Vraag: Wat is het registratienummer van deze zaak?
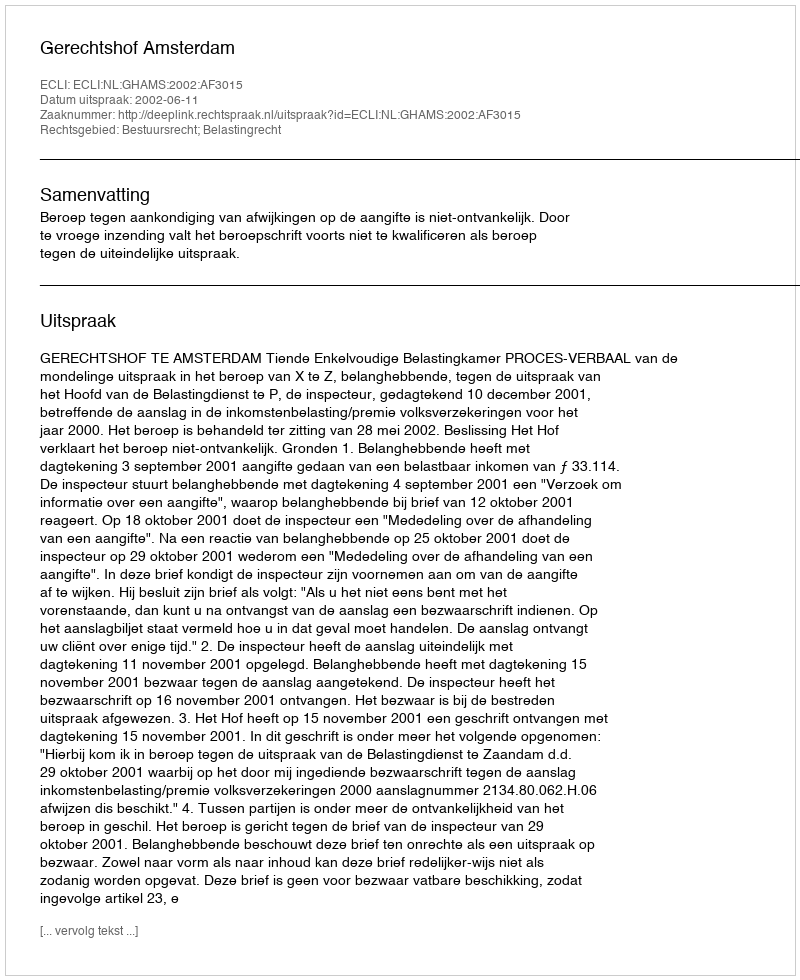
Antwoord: http://deeplink.rechtspraak.nl/uitspraak?id=ECLI:NL:GHAMS:2002:AF3015